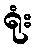
ရုံး